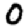
Digit: 0